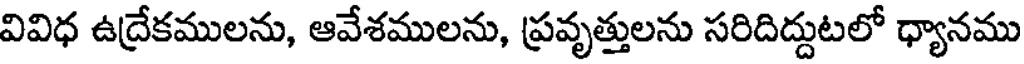
వివిధ ఉద్రేకములను, ఆవేశములను, ప్రవృత్తులను సరిదిద్దుటలో ధ్యానము